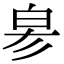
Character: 𤽖